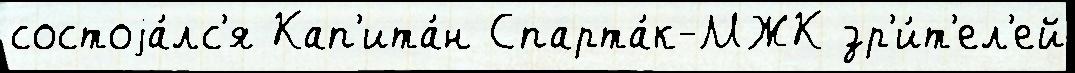
состоjа́лс'я Кап'ита́н Спарта́к-МЖК зр'и́т'ел'ей